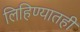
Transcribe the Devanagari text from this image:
लिहिण्यातही